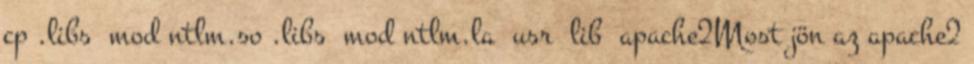
cp .libs mod ntlm.so .libs mod ntlm.la usr lib apache2Most jön az apache2